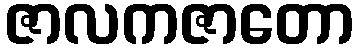
ဇာလကဇာတော